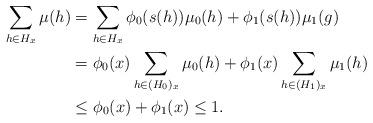
LaTeX: \begin{align*}\sum_{h\in H_{x}} \mu(h) & =\sum_{h\in H_{x}}\phi_0(s(h))\mu_0(h)+\phi_1(s(h))\mu_1(g) \\ & = \phi_0(x)\sum_{h\in (H_0)_x}\mu_0(h)+\phi_1(x)\sum_{h\in (H_1)_x}\mu_1(h) \\& \leq \phi_0(x)+\phi_1(x)\leq 1.\end{align*}